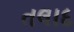
તલાદ